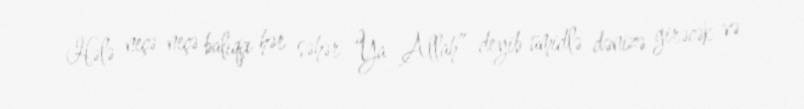
Hələ neçə-neçə balıqçı hər səhər “Ya Allah” deyib ümidlə dənizə girəcək və